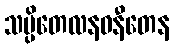
သပ္ပိတေလနဝနီတေန